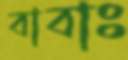
বাবাঃ